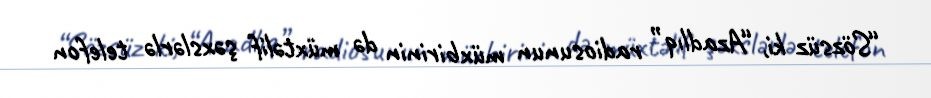
“Sözsüz ki, “Azadlıq” radiosunun müxbirinin də müxtəlif şəxslərlə telefon